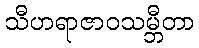
သီဟရာဇာဝသမ္ဘီတာ